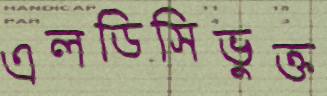
এলডিসিভুক্ত